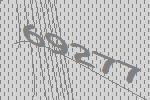
69277